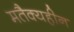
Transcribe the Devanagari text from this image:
मतैक्यहीन